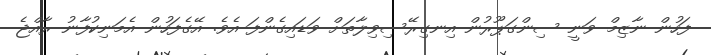
ފަހުން ނާޒިމް ވަނީ ސިންގަޕޫރުން އިނގިރޭސިވިލާތަށް ވަޑައިގެންފަ އެވެ. އޭގެފަހުން އެމަނިކުފާނު ރާއްޖެ